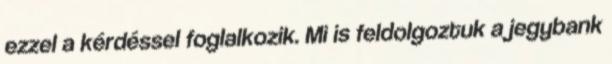
ezzel a kérdéssel foglalkozik. Mi is feldolgoztuk a jegybank